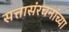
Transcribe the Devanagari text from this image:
सत्तासंरचनांच्या